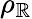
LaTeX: \rho_{\mathbb{R}}